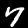
Label: 7